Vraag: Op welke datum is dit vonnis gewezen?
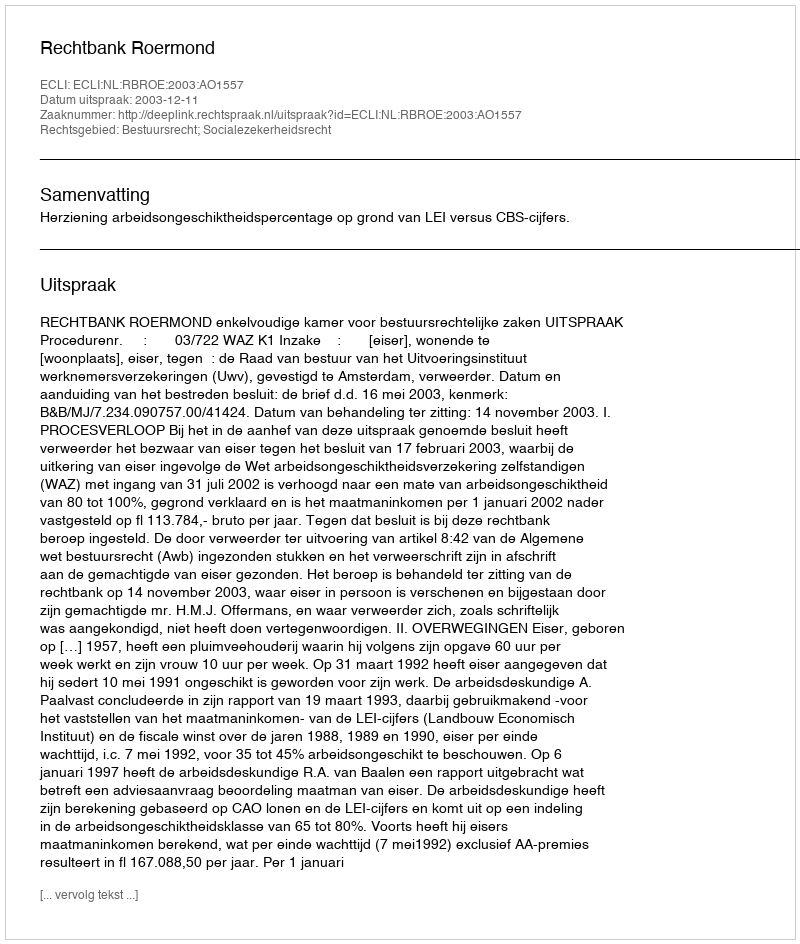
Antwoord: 2003-12-11